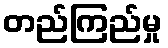
တည်ကြည်မှု